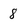
Character: 8